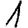
Digit: 1